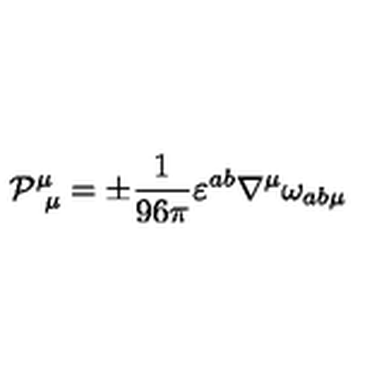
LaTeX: \mathcal { P } _ { \ \mu } ^ { \mu } = \pm \frac { 1 } { 9 6 \pi } \varepsilon ^ { a b } \nabla ^ { \mu } \omega _ { a b \mu }